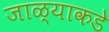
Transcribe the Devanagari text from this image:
जाळ्याकडे